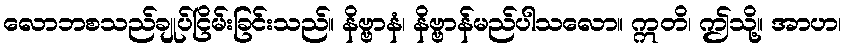
လောဘစသည်ချုပ်ငြိမ်းခြင်းသည်။ နိဗ္ဗာနံ၊ နိဗ္ဗာန်မည်ပါသလော။ ဣတိ၊ ဤသို့။ အာဟ၊